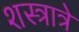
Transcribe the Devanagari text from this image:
शस्त्रात्रे